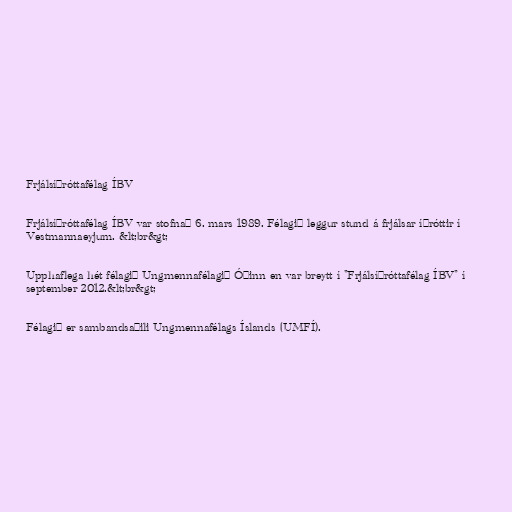
Frjálsíþróttafélag ÍBV

Frjálsíþróttafélag ÍBV var stofnað 6. mars 1989. Félagið leggur stund á frjálsar íþróttir í
Vestmannaeyjum. &lt;br&gt;

Upphaflega hét félagið Ungmennafélagið Óðinn en var breytt í "Frjálsíþróttafélag ÍBV" í
september 2012.&lt;br&gt;

Félagið er sambandsaðili Ungmennafélags Íslands (UMFÍ).